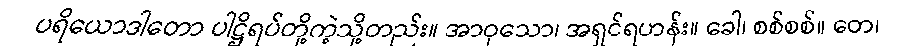
ပရိယောဒါတော ပါဋ္ဌိရပ်တို့ကဲ့သို့တည်း။ အာဝုသော၊ အရှင်ရဟန်း။ ခေါ၊ စစ်စစ်။ တေ၊